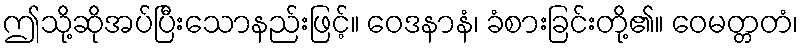
ဤသို့ဆိုအပ်ပြီးသောနည်းဖြင့်။ ဝေဒနာနံ၊ ခံစားခြင်းတို့၏။ ဝေမတ္တတံ၊